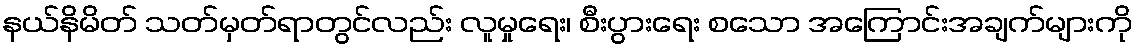
နယ်နိမိတ် သတ်မှတ်ရာတွင်လည်း လူမှုရေး၊ စီးပွားရေး စသော အကြောင်းအချက်များကို